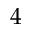
4